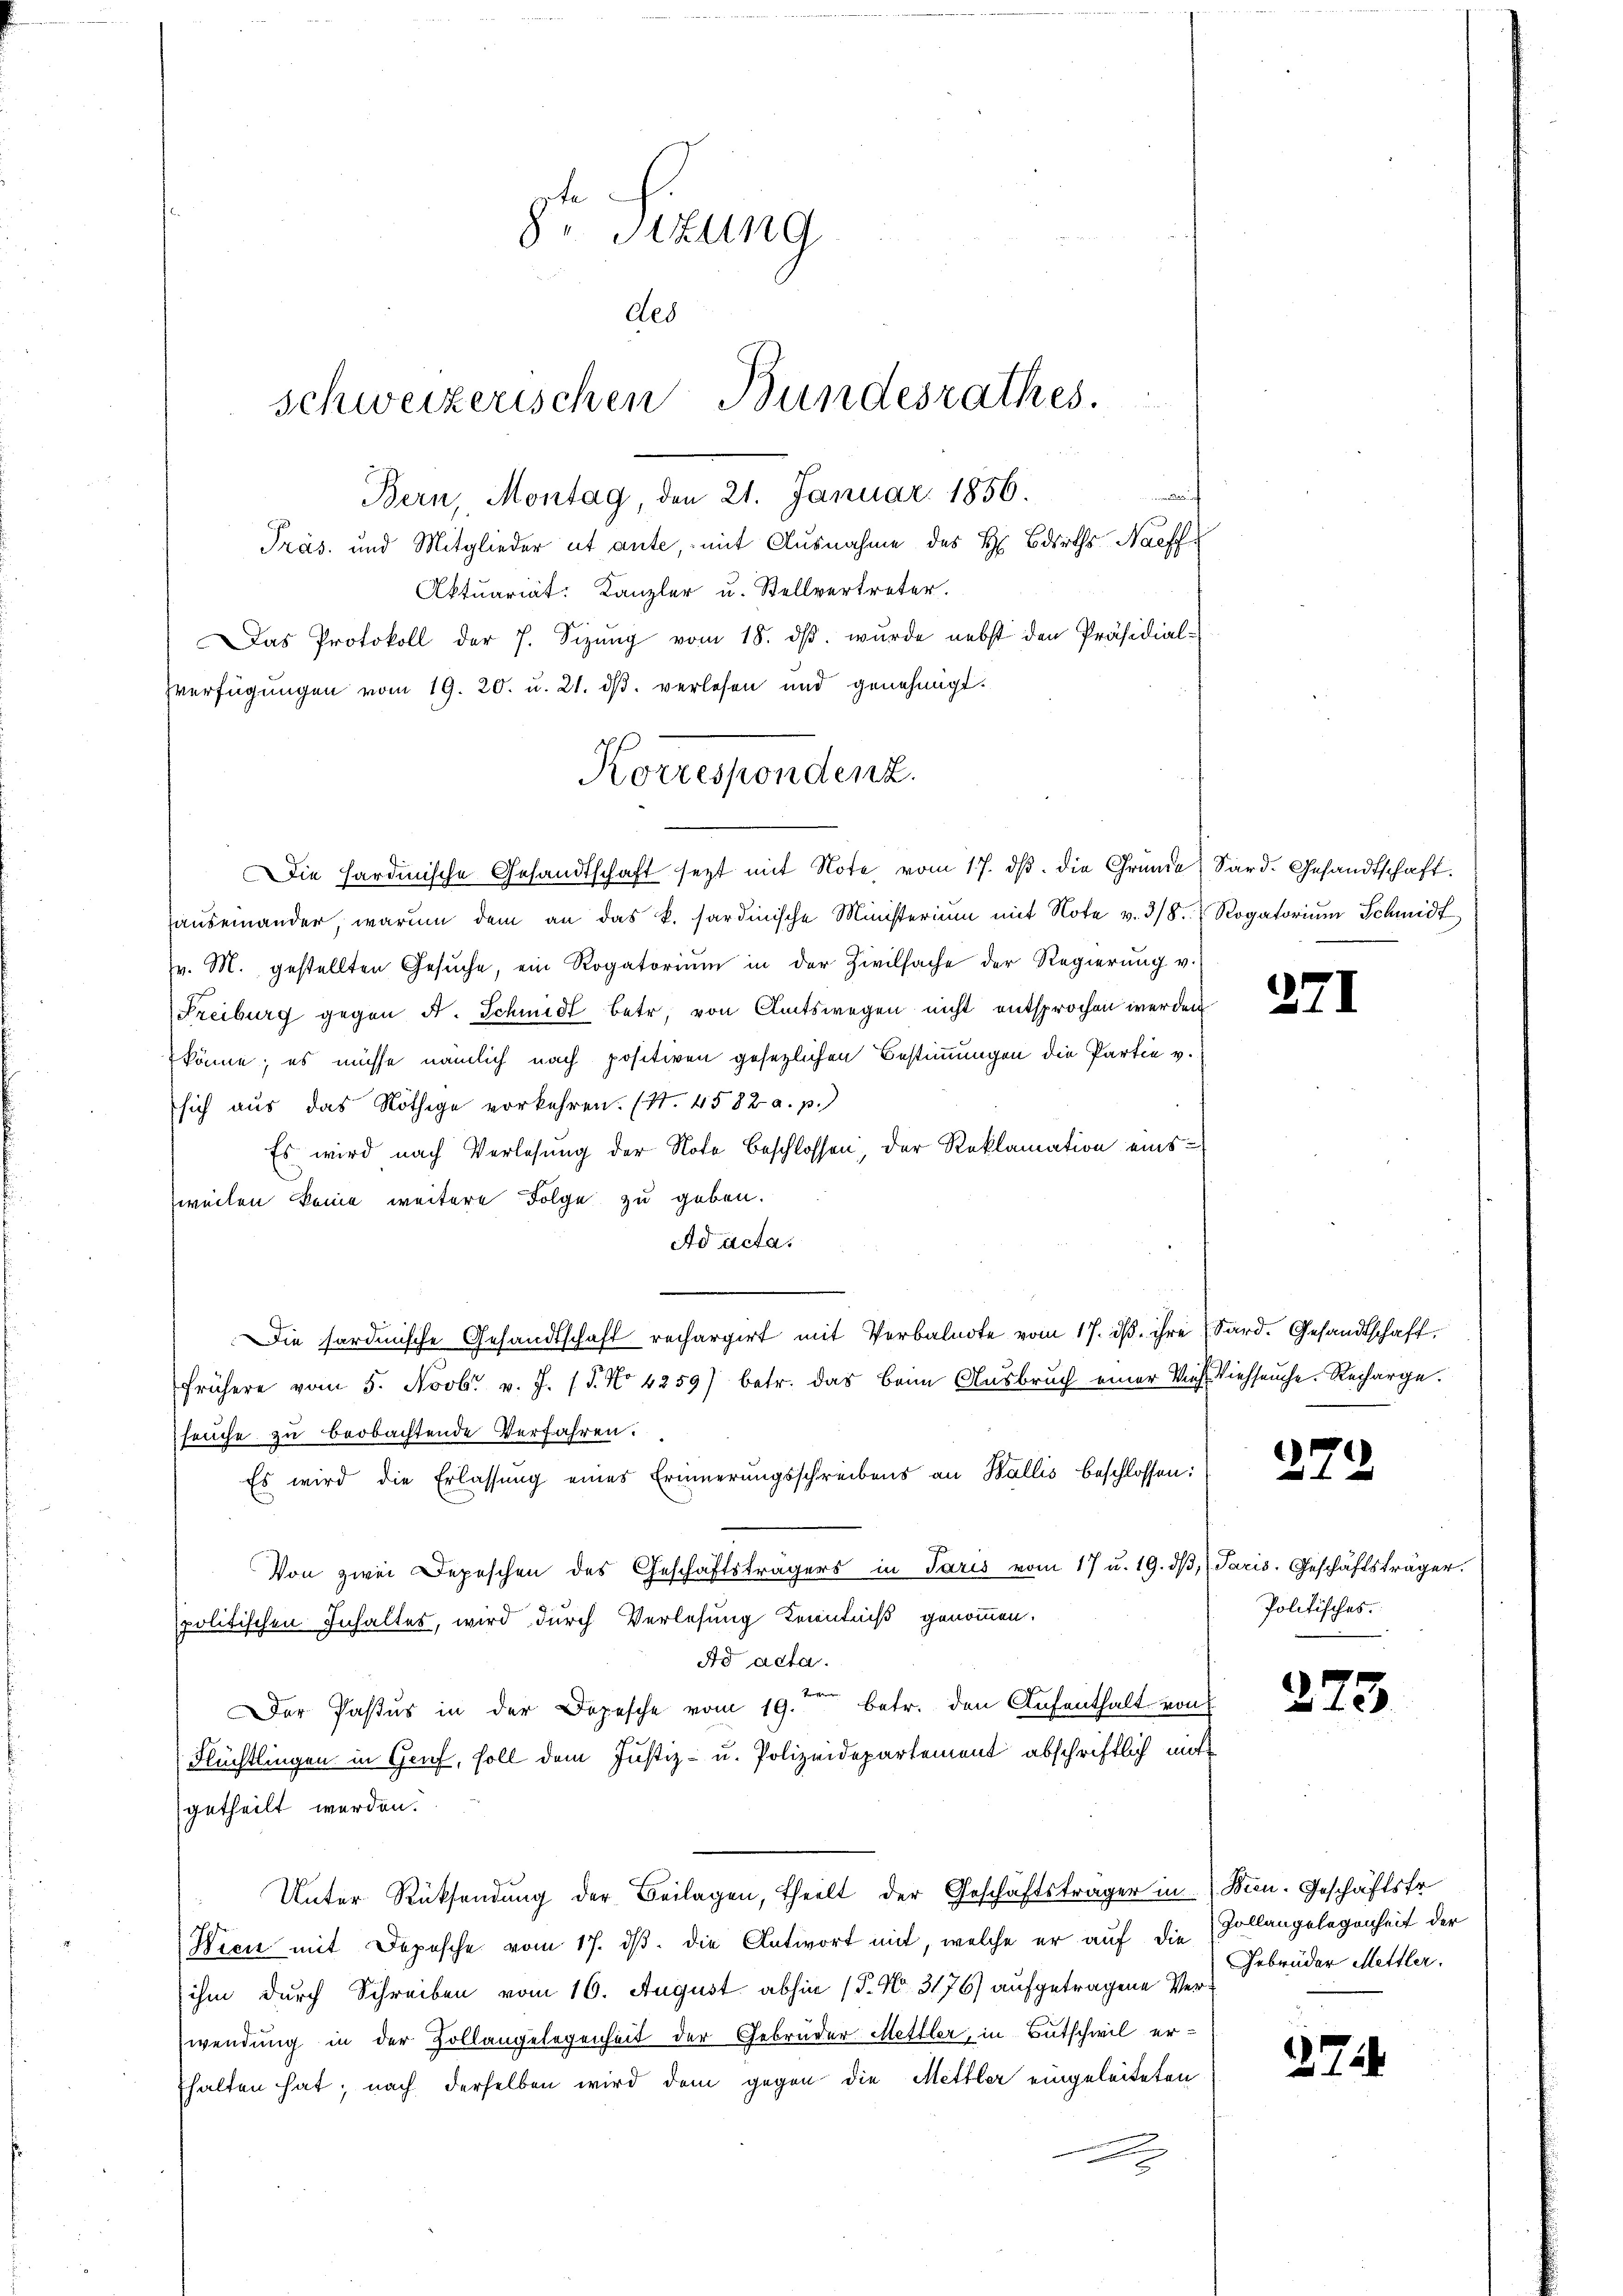
Die Hardmische Gesandtschaft sezt mit Note vom 17. dβ. die Gründe Sard. Gesandtschaft.
hauseinander, warum dem an das k. Sardinische Ministerium mit Note v. 3/8. Rogatorium Schmidt
v. M. gestellten Gesŭche, ein Rogatorium in der Zivilsache der Regierung v.
Freiburg gegen d. Schmidt betr. von Amtswegen nicht entsprochen werden.
könne; es müsse nämlich nach positiven gesezlichen Bestimmungen die Partie v.
sich aus das Nöthige vorkehren. (S. 4582 a. p.)
Es wird nach Verlesung der Note beschlossen, der Reklamation einsweilen keine weitere Folge zu geben.
Ad acta.
Die fordinische Gesandtschaft rechargirt mit Verbalnote vom 17. dβ ihre (Sard. Gesandtschaft
frühere vom 5. Novbr. v. J. (T. No 4259) betr. das beim Ausbruch einer Vieh Viehseuche. Rechargeseuche zu beobachtende Verfahren.
Es wird die Erlassung eines Erinnerungsschreibens an Wallis beschlossen:
Von zwei Depeschen des Geschäftsträgers in Paris vom 17 u. 19. dβ, (Paris. Geschäftsträger.
politischen Inhaltes, wird durch Verlesung Kenntniß genommen.
Ad acta.
Der Pastus in der Depesche vom 19.ten betr. den Aufenthalt von
Flüchtlingen in Genf, soll dem Justiz- u. Polizeidepartement abschriftlich mit
getheilt werden.
Unter Rücksendung der Beilagen, theilt der Geschäftsträger in Bien. Geschäftsfr
Wien mit Depesche vom 17. ds. die Antwort mit, welche er auf die Zollangelegenheit der
ihm durch Schreiben vom 16. August abhin (T. No. 3176) aufgetragene Verwendung in der Zollangelegenheit der Gebrüder Mettler, in Butschwil erfhalten hat; nach derselben wird dem gegen die Mettler eingeleiteten

Korrespondenz.

e
8r Sitzung
des
schweizerischen Bundesrathes.

Bern, Montag, den 21. Januar 1856.
Präs. und Mitglieder ut ante, mit Ausnahme des H. Bairths-Naeff
Aktuariat. Kanzler u. Stellvertreter.
Das Protokoll der 7. Sizŭng vom 18. dβ. wurde nebst den Präsidial-
Zverfügungen vom 19. 20. u. 21. dβ verlesen und genehmigt.

371

272

Politisches.

273

Gebrüder Mettler.

272